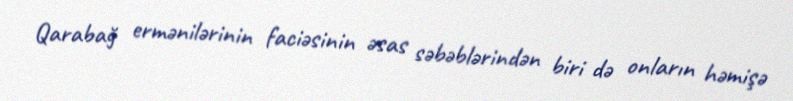
Qarabağ ermənilərinin faciəsinin əsas səbəblərindən biri də onların həmişə